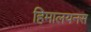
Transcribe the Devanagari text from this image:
हिमालयनस